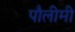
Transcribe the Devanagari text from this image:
पौलीमी